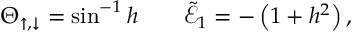
\Theta _ { \uparrow , \downarrow } = \sin ^ { - 1 } h \qquad \tilde { \mathcal { E } } _ { 1 } = - \left( 1 + h ^ { 2 } \right) ,